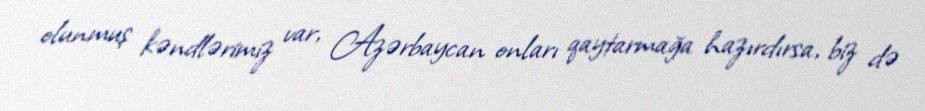
olunmuş kəndlərimiz var, Azərbaycan onları qaytarmağa hazırdırsa, biz də